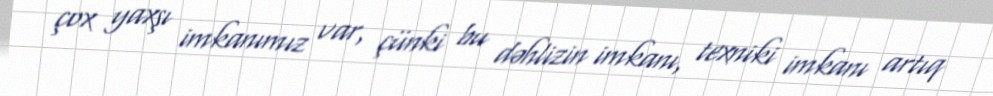
çox yaxşı imkanımız var, çünki bu dəhlizin imkanı, texniki imkanı artıq